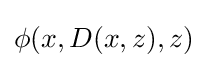
\phi (x,D(x,z),z)\;